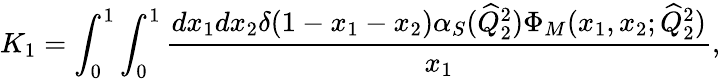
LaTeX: K_{1}=\int_{0}^{1}\int_{0}^{1}\frac{dx_{1}dx_{2}\delta(1-x_{1}-x_{2})\alpha_{S}(\widehat{Q}_{2}^{2})\Phi_{M}(x_{1},x_{2};\widehat{Q}_{2}^{2})}{x_{1}},